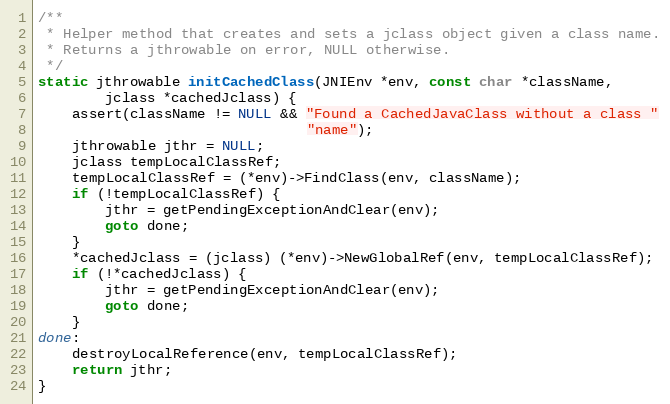
Language: C
/**
 * Helper method that creates and sets a jclass object given a class name.
 * Returns a jthrowable on error, NULL otherwise.
 */
static jthrowable initCachedClass(JNIEnv *env, const char *className,
        jclass *cachedJclass) {
    assert(className != NULL && "Found a CachedJavaClass without a class "
                                "name");
    jthrowable jthr = NULL;
    jclass tempLocalClassRef;
    tempLocalClassRef = (*env)->FindClass(env, className);
    if (!tempLocalClassRef) {
        jthr = getPendingExceptionAndClear(env);
        goto done;
    }
    *cachedJclass = (jclass) (*env)->NewGlobalRef(env, tempLocalClassRef);
    if (!*cachedJclass) {
        jthr = getPendingExceptionAndClear(env);
        goto done;
    }
done:
    destroyLocalReference(env, tempLocalClassRef);
    return jthr;
}